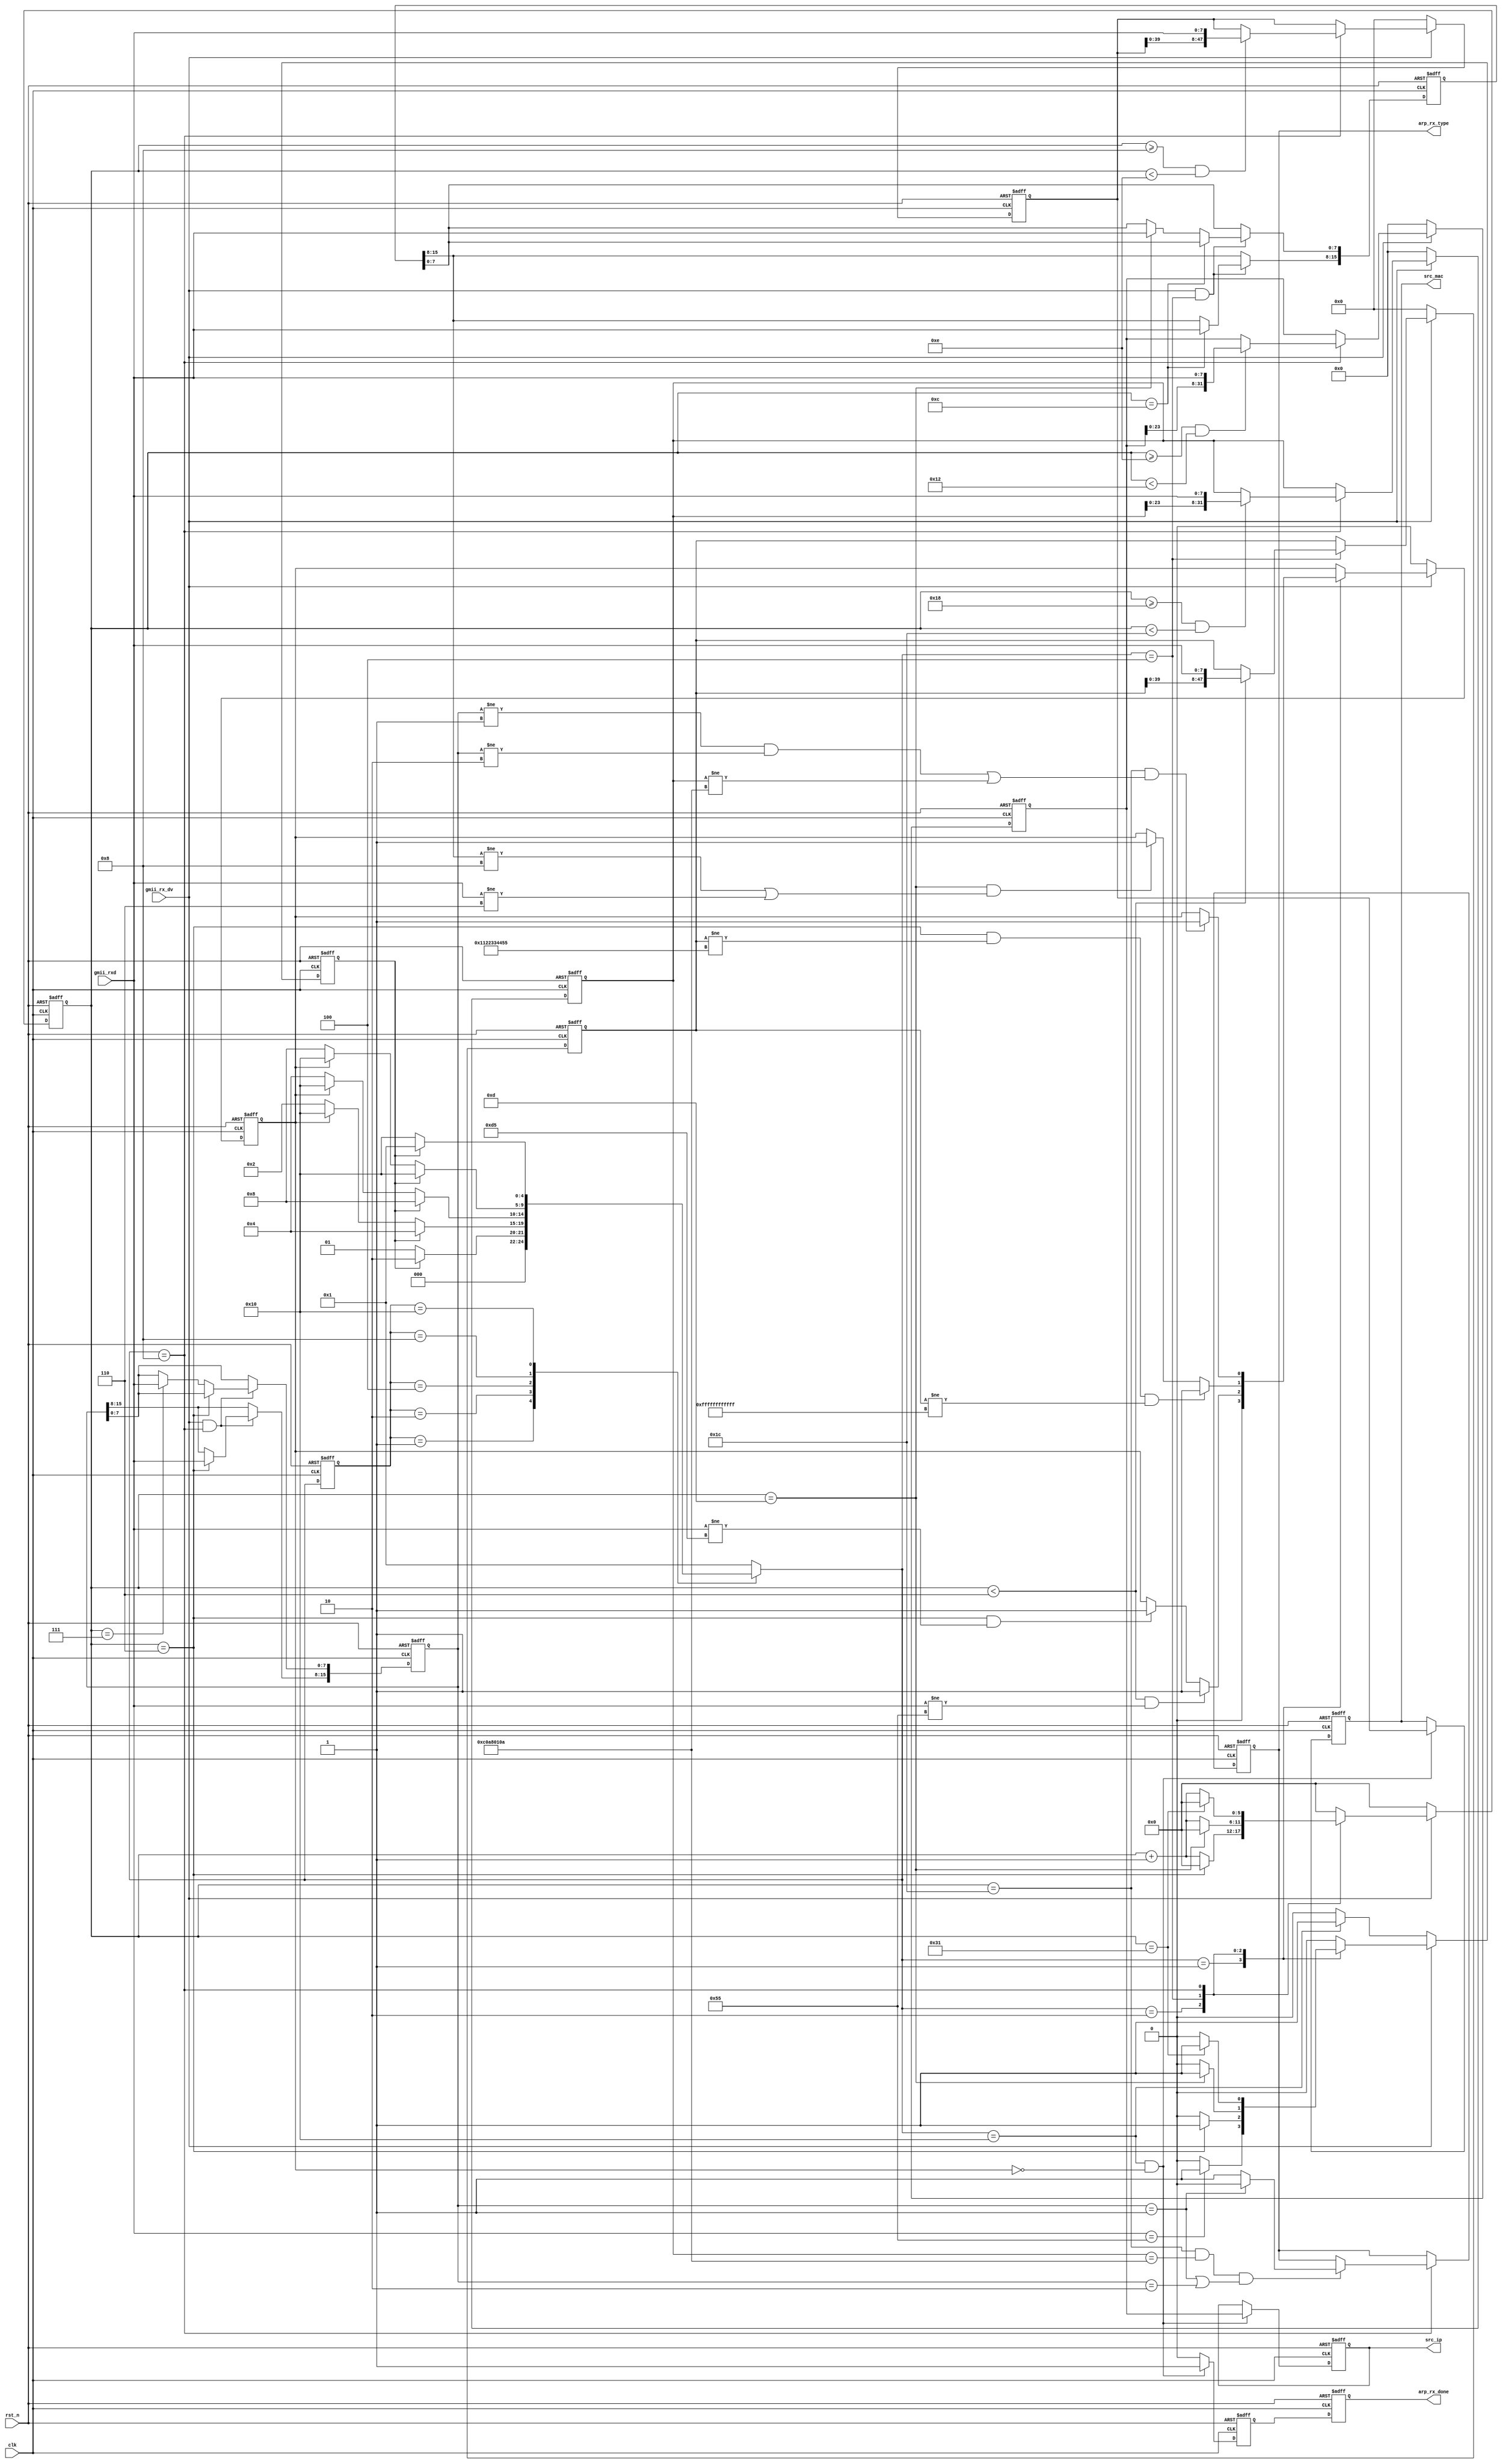
//************************************************
// Version      : v1.0
// Target Device: PANGO PGL50H
// Function     : 
//************************************************

module arp_rx #(
    parameter BOARD_MAC     = 48'h00_11_22_33_44_55         , //MAC 00-11-22-33-44-55
    parameter BOARD_IP      = {8'd192, 8'd168, 8'd1, 8'd10}   //IP 192.168.1.10
)(
    input   wire            clk         , //
    input   wire            rst_n       , //
    
    input   wire            gmii_rx_dv  , //GMII
    input   wire    [7:0]   gmii_rxd    , //GMII
    output  reg             arp_rx_done , //ARP
    output  reg             arp_rx_type , //ARP 0:  1:
    output  reg     [47:0]  src_mac     , //MAC
    output  reg     [31:0]  src_ip        //IP
);
/*************************parameter**************************/
localparam CODE_PREAMBLE = 8'h55    ; // 78'h55
localparam CODE_SFD      = 8'hd5    ; // 
localparam ETH_TYPE      = 16'h0806 ; //  ARP
localparam MIN_DATA_NUM  = 46 + 4   ; // 464

/****************************reg*****************************/
reg             skip_en     ; // 
reg             error_en    ; // 
reg     [ 5:0]  cnt         ; // 
reg     [15:0]  op_data     ; // 
reg     [15:0]  eth_type    ; // 
reg             r_rx_done   ; // ARP 

reg     [47:0]  r_des_mac   ; // MAC
reg     [31:0]  r_des_ip    ; // IP
reg     [47:0]  r_src_mac   ; // MAC
reg     [31:0]  r_src_ip    ; // IP

/****************************FSM*****************************/
reg     [4:0]   fsm_c;
reg     [4:0]   fsm_n;

localparam ST_IDLE      = 5'b00001; //
localparam ST_PREAMBLE  = 5'b00010; // 
localparam ST_ETH_HEAD  = 5'b00100; //
localparam ST_ARP_DATA  = 5'b01000; //ARP
localparam ST_RX_END    = 5'b10000; //

always@(posedge clk or negedge rst_n)
begin
    if(!rst_n)
        fsm_c <= ST_IDLE;
    else
        fsm_c <= fsm_n;
end

always@(*)
begin
    case(fsm_c)
        ST_IDLE:                    //
            if(skip_en)
                fsm_n = ST_PREAMBLE;
            else
                fsm_n = ST_IDLE;
        ST_PREAMBLE:                // 
            if(skip_en)
                fsm_n = ST_ETH_HEAD;
            else if(error_en)
                fsm_n = ST_RX_END;
            else
                fsm_n = ST_PREAMBLE;
        ST_ETH_HEAD:                // 
            if(skip_en)
                fsm_n = ST_ARP_DATA;
            else if(error_en)
                fsm_n = ST_RX_END;
            else
                fsm_n = ST_ETH_HEAD;
        ST_ARP_DATA:                // ARP
            if(skip_en)
                fsm_n = ST_RX_END;
            else if(error_en)
                fsm_n = ST_RX_END;
            else
                fsm_n = ST_ARP_DATA;
        ST_RX_END:                  // 
            if(skip_en)
                fsm_n = ST_IDLE;
            else
                fsm_n = ST_RX_END;
        default:
                fsm_n = ST_IDLE;
    endcase
end

/**************************process***************************/
always@(posedge clk or negedge rst_n)
begin
    if(!rst_n)
        skip_en <= 1'b0;
    else if(gmii_rx_dv) // 
        case(fsm_n)
            ST_IDLE:
                if(gmii_rxd == CODE_PREAMBLE) // 
                    skip_en <= 1'b1;
                else
                    skip_en <= 1'b0;
            ST_PREAMBLE:
                if(cnt == 6'd6)
                    skip_en <= 1'b1;
                else
                    skip_en <= 1'b0;
            ST_ETH_HEAD:
                if(cnt == 6'd13)
                    skip_en <= 1'b1;
                else
                    skip_en <= 1'b0;
            ST_ARP_DATA:
                if(cnt == MIN_DATA_NUM - 1)
                    skip_en <= 1'b1;
                else
                    skip_en <= 1'b0;
            default:
                    skip_en <= 1'b0;
        endcase
    else if(fsm_n == ST_RX_END) // IDLE
        skip_en <= 1'b1;
    else
        skip_en <= 1'b0;
end

always@(posedge clk or negedge rst_n)
begin
    if(!rst_n)
        error_en <= 1'b0;
    else if(gmii_rx_dv) // 
        case(fsm_n)
            ST_IDLE:
                    error_en <= 1'b0;
            ST_PREAMBLE:
                if((cnt < 6'd6) && (gmii_rxd != CODE_PREAMBLE)) // 
                    error_en <=1'b1;
                else if((cnt == 6'd6) && (gmii_rxd != CODE_SFD)) // 
                    error_en <= 1'b1;
                else
                    error_en <= error_en;
            ST_ETH_HEAD:
                if((cnt == 6'd6) && (r_des_mac != BOARD_MAC) && (r_des_mac != 48'hff_ff_ff_ff_ff_ff)) //MACMAC
                    error_en <= 1'b1;
                else if((cnt == 6'd13) && ((eth_type[15:8] != ETH_TYPE[15:8]) || (gmii_rxd != ETH_TYPE[7:0]))) //ARP
                    error_en <= 1'b1;
                else
                    error_en <= error_en;
            ST_ARP_DATA:
                if((cnt == 6'd28) && ((op_data != 16'd1) && (op_data != 16'd2) || (r_des_ip != BOARD_IP))) //  IP  ARP 
                    error_en <= 1'b1;
                else
                    error_en <= error_en;
            default:
                error_en <= error_en;
        endcase
    else
        error_en <= 1'b0;
end

always@(posedge clk or negedge rst_n)
begin
    if(!rst_n)
        cnt <= 6'd0;
    else if(gmii_rx_dv) // 
        case(fsm_n)
            ST_IDLE:
                    cnt <= 6'd0;
            ST_PREAMBLE:
                if(cnt == 6'd6)
                    cnt <= 6'd0;
                else
                    cnt <= cnt + 1'b1;
            ST_ETH_HEAD:
                if(cnt == 6'd13)
                    cnt <= 6'd0;
                else
                    cnt <= cnt + 1'b1;
            ST_ARP_DATA:
                if(cnt == MIN_DATA_NUM - 1)
                    cnt <= 6'd0;
                else
                    cnt <= cnt + 1'b1;
            ST_RX_END:
                    cnt <= 6'd0;
            default:
                    cnt <= 6'd0;
        endcase
    else
        cnt <= 6'd0;
end

always@(posedge clk or negedge rst_n)
begin
    if(!rst_n)
        r_des_mac <= 48'd0;
    else if(gmii_rx_dv) // 
        case(fsm_n)
            ST_ETH_HEAD:
                if(cnt < 6'd6)
                    r_des_mac <= {r_des_mac[39:0], gmii_rxd};
                else
                    r_des_mac <= r_des_mac;
            default:
                    r_des_mac <= r_des_mac;
        endcase
    else
        r_des_mac <= 48'd0;
end

always@(posedge clk or negedge rst_n)
begin
    if(!rst_n)
        r_des_ip <= 32'd0;
    else if(gmii_rx_dv) // 
        case(fsm_n)
            ST_ARP_DATA:
                if((cnt >= 6'd24) && (cnt <6'd28))
                    r_des_ip <= {r_des_ip[23:0], gmii_rxd};
                else
                    r_des_ip <= r_des_ip;
            default:
                    r_des_ip <= r_des_ip;
        endcase
    else
        r_des_ip <= 32'd0;
end

always@(posedge clk or negedge rst_n)
begin
    if(!rst_n)
        r_src_mac <= 48'd0;
    else if(gmii_rx_dv) // 
        case(fsm_n)
            ST_ARP_DATA:
                if((cnt >= 6'd8) && (cnt <6'd14))
                    r_src_mac <= {r_src_mac[39:0], gmii_rxd};
                else
                    r_src_mac <= r_src_mac;
            default:
                    r_src_mac <= r_src_mac;
        endcase
    else
        r_src_mac <= 48'd0;
end

always@(posedge clk or negedge rst_n)
begin
    if(!rst_n)
        r_src_ip <= 32'd0;
    else if(gmii_rx_dv) // 
        case(fsm_n)
            ST_ARP_DATA:
                if((cnt >= 6'd14) && (cnt < 6'd18))
                    r_src_ip <= {r_src_ip[23:0], gmii_rxd};
                else
                    r_src_ip <= r_src_ip;
            default:
                    r_src_ip <= r_src_ip;
        endcase
    else
        r_src_ip <= 32'd0;
end

always@(posedge clk or negedge rst_n)
begin
    if(!rst_n)
        begin
            src_mac <= 48'd0;
            src_ip  <= 32'd0;
        end
    else if((fsm_n == ST_RX_END) && (!error_en))
        begin
            src_mac <= r_src_mac;
            src_ip  <= r_src_ip ;
        end
    else
        begin
            src_mac <= src_mac;
            src_ip  <= src_ip ;
        end
end

always@(posedge clk or negedge rst_n)
begin
    if(!rst_n)
        eth_type <= 16'd0;
    else if(gmii_rx_dv && (fsm_n == ST_ETH_HEAD))
        if(cnt == 6'd12)
            eth_type[15:8] <= gmii_rxd;
        else if(cnt == 6'd13)
            eth_type[7:0]  <= gmii_rxd;
        else
            eth_type <= eth_type;
    else
        eth_type <= eth_type;
end

always@(posedge clk or negedge rst_n)
begin
    if(!rst_n)
        op_data <= 16'd0;
    else if(gmii_rx_dv && (fsm_n == ST_ARP_DATA))
        if(cnt == 6'd6)
            op_data[15:8] <= gmii_rxd;
        else if(cnt == 6'd7)
            op_data[7:0]  <= gmii_rxd;
        else
            op_data <= op_data;
    else
        op_data <= op_data;
end

always@(posedge clk or negedge rst_n)
begin
    if(!rst_n)
        r_rx_done <= 1'b0;
    else if((fsm_n == ST_RX_END) && (!error_en))
        r_rx_done <= 1'b1;
    else
        r_rx_done <= 1'b0;
end

// 
always@(posedge clk or negedge rst_n)
begin
    if(!rst_n)
        arp_rx_done <= 1'b0;
    else
        arp_rx_done <= r_rx_done;
end

always@(posedge clk or negedge rst_n)
begin
    if(!rst_n)
        arp_rx_type <= 1'b0;
    else if(fsm_n == ST_ARP_DATA)
        if((cnt == 6'd28) && (r_des_ip == BOARD_IP) && ((op_data == 16'd1) || (op_data == 16'd2)))
            if(op_data == 16'd1)
                arp_rx_type <= 1'b0;
            else
                arp_rx_type <= 1'b1;
        else
            arp_rx_type <= arp_rx_type;
    else
        arp_rx_type <= arp_rx_type;
end

endmodule